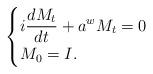
LaTeX: \begin{align*}\begin{cases} i \displaystyle\frac{dM_t}{d t} +a^w M_t=0\\M_0=I.\end{cases}\end{align*}